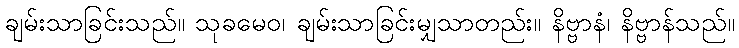
ချမ်းသာခြင်းသည်။ သုခမေဝ၊ ချမ်းသာခြင်းမျှသာတည်း။ နိဗ္ဗာနံ၊ နိဗ္ဗာန်သည်။